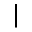
|